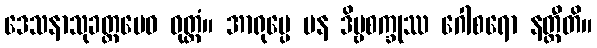
ဒေသနာသုခတ္ထမေဝ ဝုတ္တံ။ အာရုပ္ပေ ပန ဒိဗ္ဗစက္ခုဿ ဂေါစရော နတ္ထီတိ။